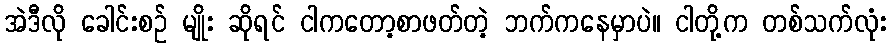
အဲဒီလို ခေါင်းစဉ် မျိုး ဆိုရင် ငါကတော့စာဖတ်တဲ့ ဘက်ကနေမှာပဲ။ ငါတို့က တစ်သက်လုံး